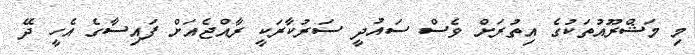
މި މަޝްރޫއުތަކުގެ އިތުރަށް ވެސް ސައުދީ ސަރުކާރަކީ ރާއްޖެއަށް ފައިސާގެ އެހީ ދޭ